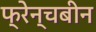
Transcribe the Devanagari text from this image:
फ्रेन्चबीन